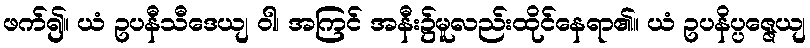
ဖက်၍။ ယံ ဥပနီသီဒေယျ ဝါ၊ အကြင် အနီး၌မူလည်းထိုင်နေရာ၏။ ယံ ဥပနိပ္ပဇ္ဇေယျ